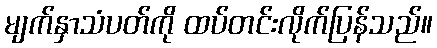
မျက်နှာသံပတ်ကို ထပ်တင်းလိုက်ပြန်သည်။